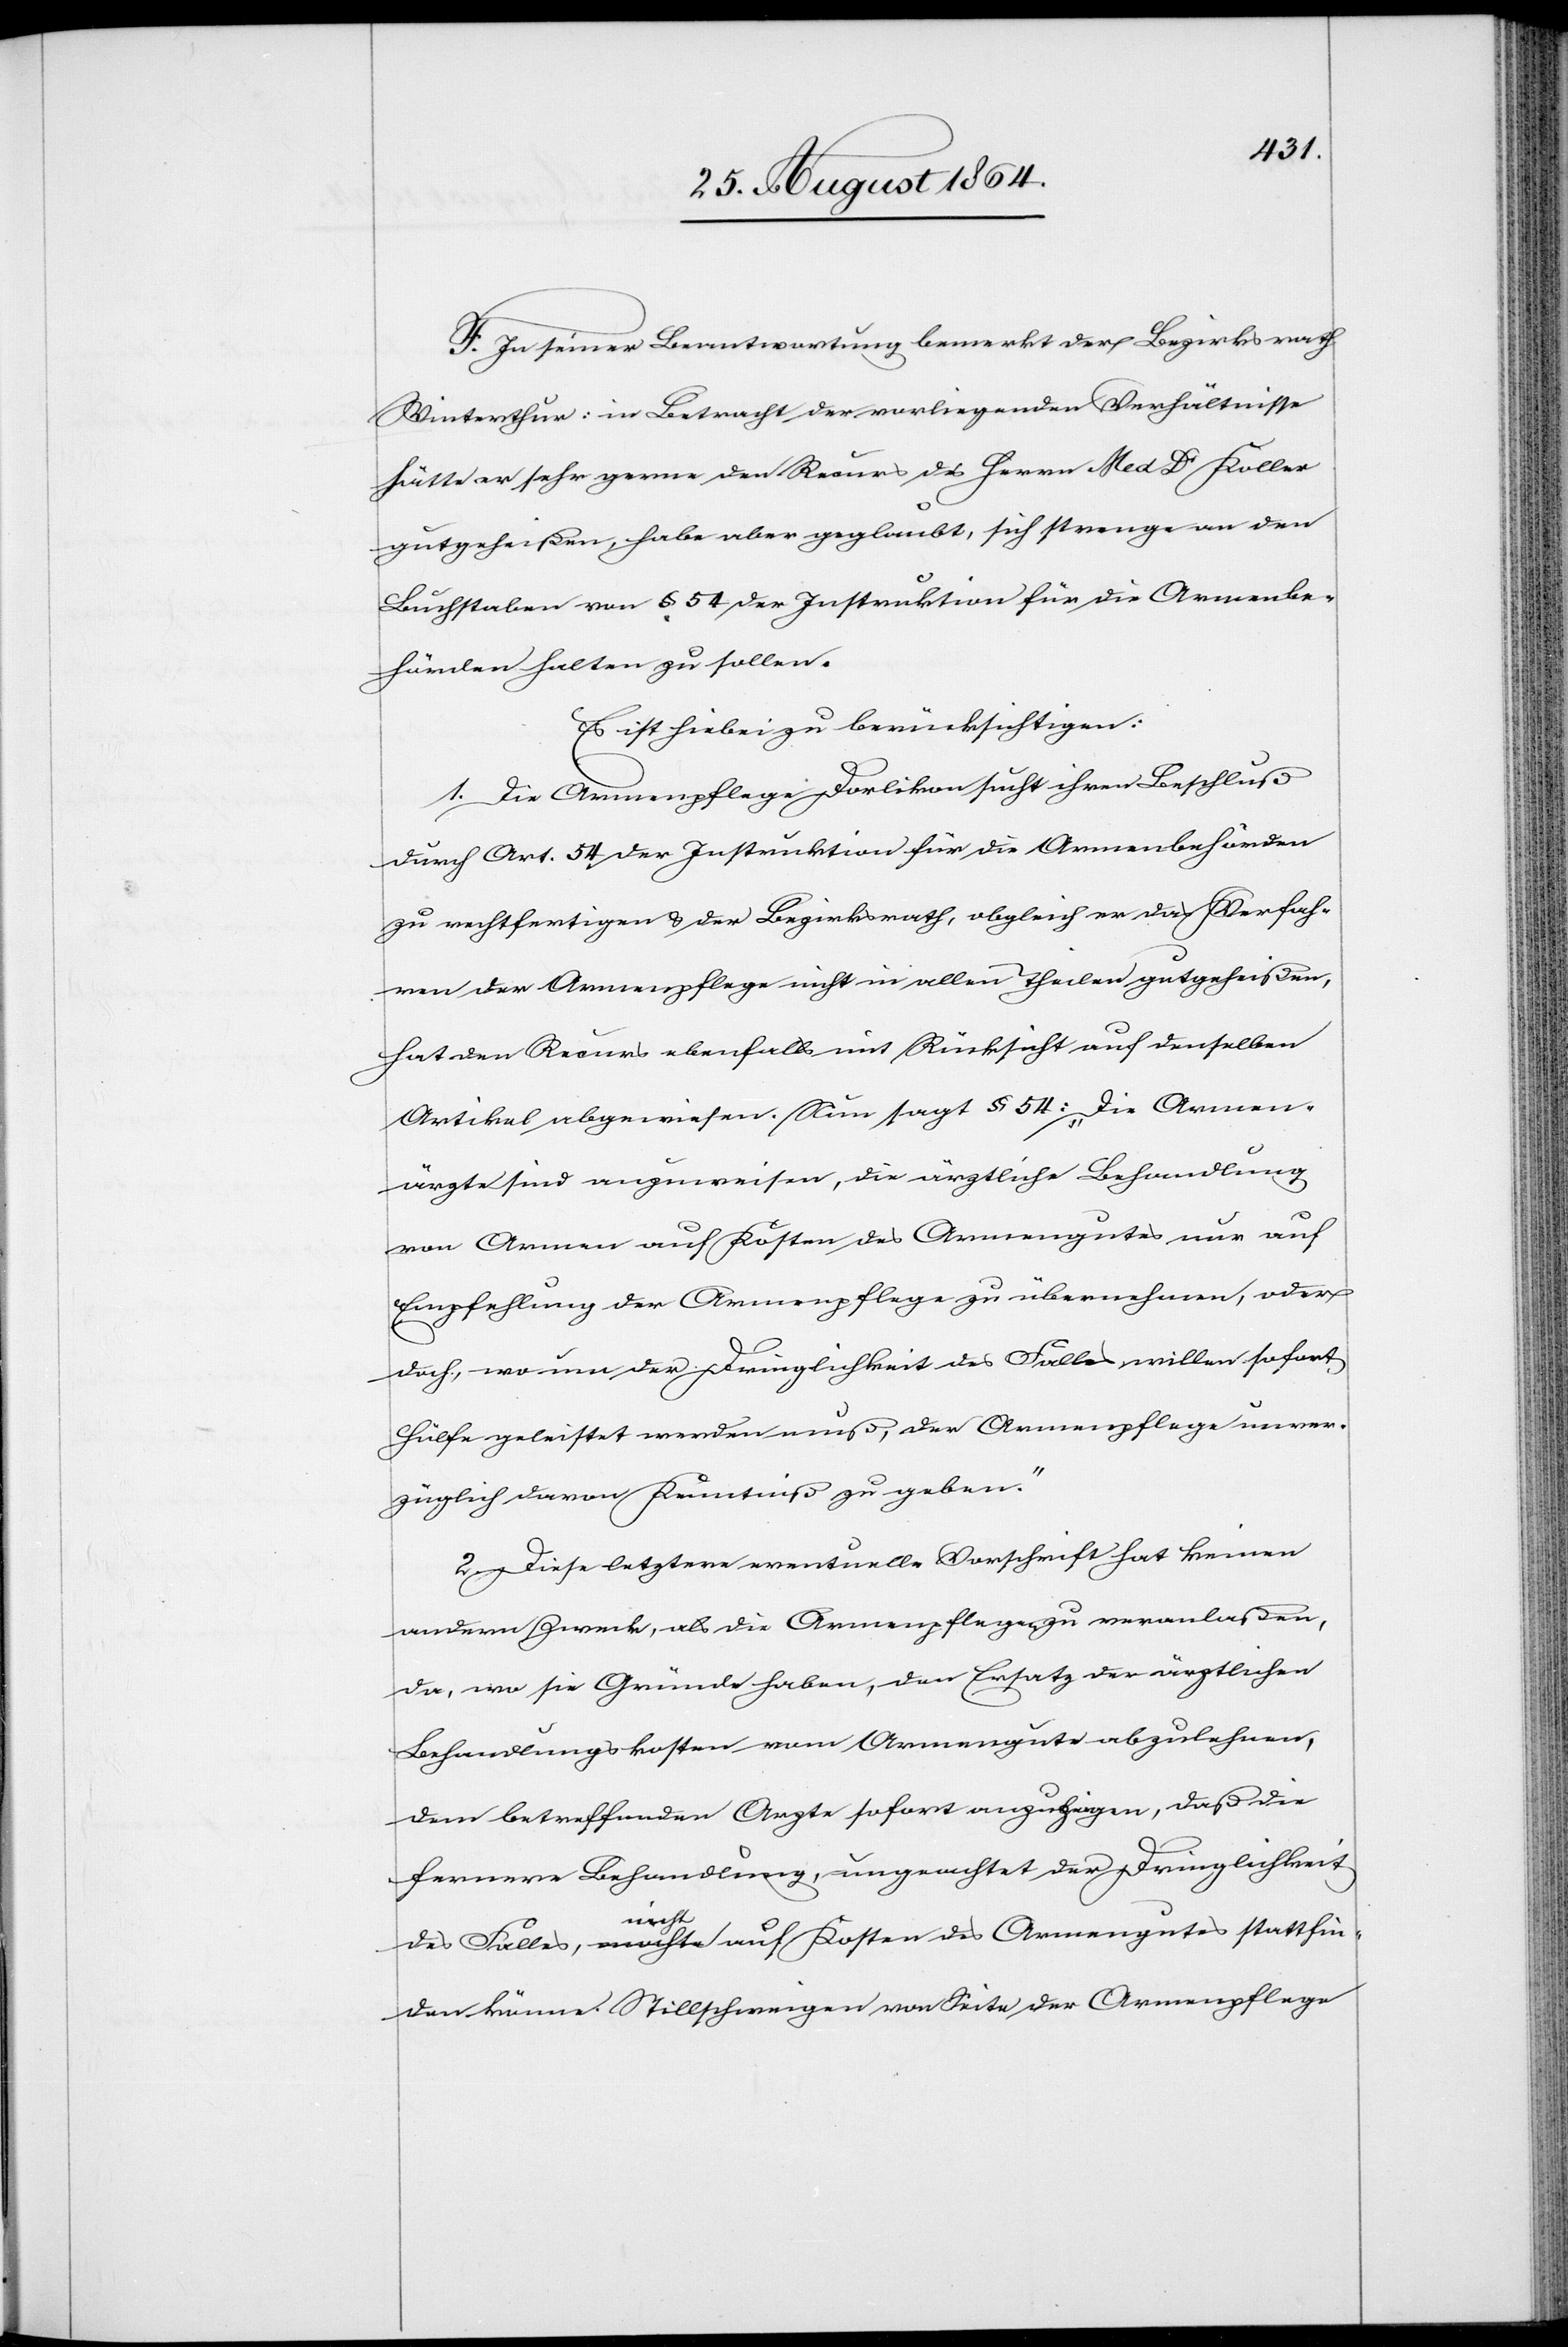
stattf¬
F. In seiner Beantwortung bemerkt der Bezirksrath
Winterthur: in Betracht der vorliegenden Verhältnisse
hätte er sehr gerne den Recurs des Herrn Med. Dr Koller
gutgeheißen, habe aber geglaubt, sich strenge an den
Buchstaben von § 54 der Instruktion für die Armenbe¬
hörden halten zu sollen.
Es ist hiebei zu berücksichtigen:
1. Die Armenpflege Dorlikon sucht ihren Beschluß
durch Art. 54 der Instruktion für die Armenbehörden
zu rechtfertigen & der Bezirksrath, obgleich er das Verfah¬
ren der Armenpflege nicht in allen Theilen gutgeheißen,
hat den Recurs ebenfalls mit Rücksicht auf denselben
Artikel abgewiesen. Nun sagt § 54: „Die Armen¬
ärzte sind anzuweisen, die ärztliche Behandlung
von Armen auf Kosten des Armengutes nur auf
Empfehlung der Armenpflege zu übernehmen, oder
doch, wo um der Dringlichkeit des Falles willen sofort
Hilfe geleistet werden muß, der Armenpflege unver¬
züglich davon Kenntniß zu geben.“
2. Diese letztere eventuelle Vorschrift hat keinen
andern Zweck, als die Armenpflegen zu veranlaßen,
da, wo sie Gründe haben, den Ersatz der ärztlichen
Behandlungskosten vom Armengute abzulehnen,
dem betreffenden Arzt sofort anzubri[n]gen, daß die
fernere Behandlung, ungeachtet der Dringlichkeit
nicht
inden könne. Stillschweigen von Seite der Armenpflege